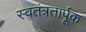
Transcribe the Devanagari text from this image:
स्वतंत्रतार्पूक